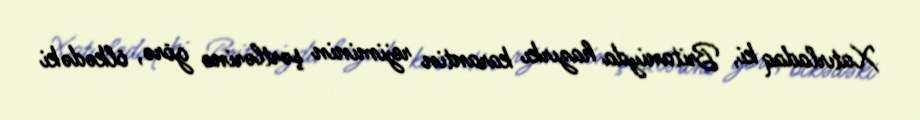
Xatırladaq ki, Britaniyda hazırkı karantin rejiminin şərtlərinə görə, ölkədəki